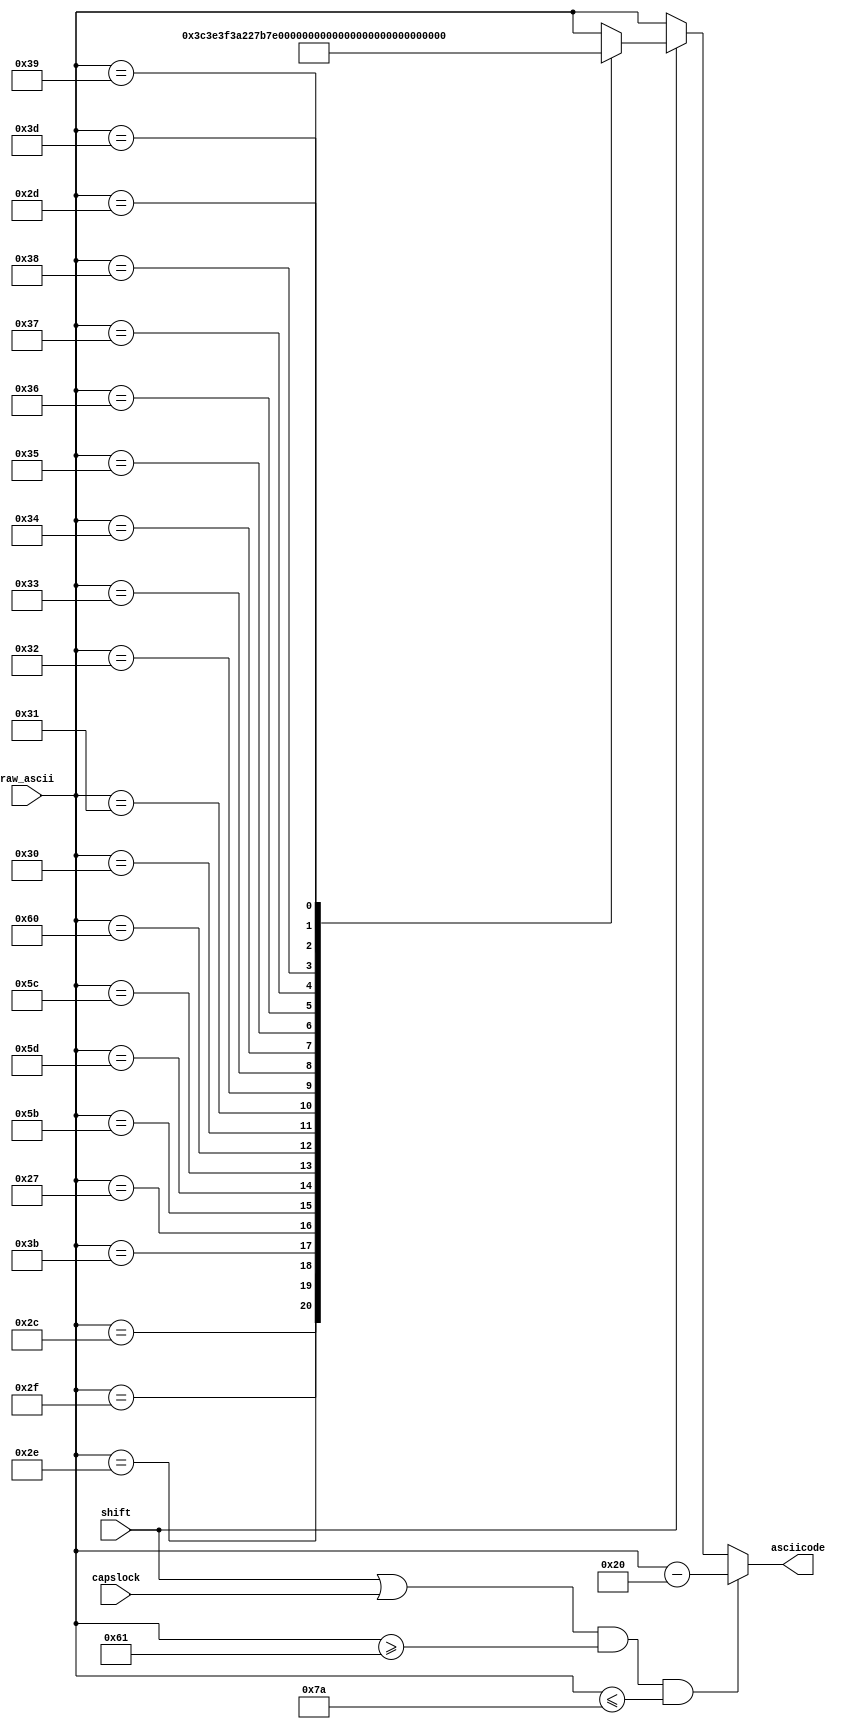
module check_case(
	input [7:0] raw_ascii,
	input capslock,
	input shift,
	output reg [7:0] asciicode
	);
	
	always @ (*) begin
		if ((shift || capslock) && raw_ascii >= 8'h61 && raw_ascii <= 8'h7a) begin
			asciicode = raw_ascii - 8'h20;
		end
		else if (shift) begin
			case (raw_ascii)
				8'h2c: asciicode = 8'h3c;
				8'h2e: asciicode = 8'h3e;
				8'h2f: asciicode = 8'h3f;
				8'h3b: asciicode = 8'h3a;
				8'h27: asciicode = 8'h22;
				8'h5b: asciicode = 8'h7b;
				8'h5d: asciicode = 8'h7d;
				8'h5c: asciicode = 8'h7c;
				8'h60: asciicode = 8'h7e;
				8'h30: asciicode = 8'h29;
				8'h31: asciicode = 8'h21;
				8'h32: asciicode = 8'h40;
				8'h33: asciicode = 8'h23;
				8'h34: asciicode = 8'h24;
				8'h35: asciicode = 8'h25;
				8'h36: asciicode = 8'h5e;
				8'h37: asciicode = 8'h26;
				8'h38: asciicode = 8'h2a;
				8'h39: asciicode = 8'h28;
				8'h2d: asciicode = 8'h5f;
				8'h3d: asciicode = 8'h2b;
				default: asciicode = raw_ascii;
			endcase
		end
		else begin
			asciicode = raw_ascii;
		end
	end
	
endmodule